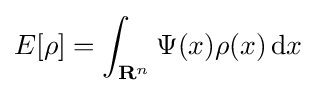
E[\rho ]=\int _{\mathbf {R} ^{n}}\Psi (x)\rho (x)\,\mathrm {d} x